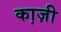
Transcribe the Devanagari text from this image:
का़ज़ी